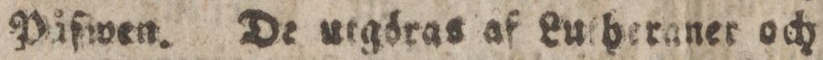
påfwen. De utgöras af Lutheraner och